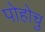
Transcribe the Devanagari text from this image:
पोहोचु